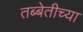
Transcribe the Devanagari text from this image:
तब्बेतीच्या